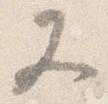
又